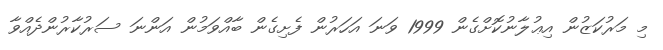
މި މަރުކަޒުން އިޢުލާނުކޮށްގެން 1999 ވަނަ އަހަރުން ފެށިގެން ބާއްވަމުން އަންނަ ސަރުކާރުންދެއްވާ